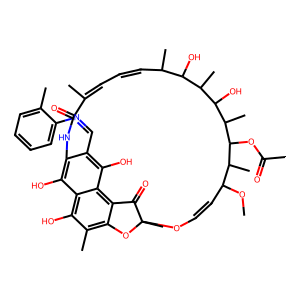
SMILES: COC1C=COC2(C)Oc3c(C)c(O)c4c(O)c(c(C=Nc5ccccc5C)c(O)c4c3C2=O)NC(=O)C(C)=CC=CC(C)C(O)C(C)C(O)C(C)C(OC(C)=O)C1C
Inhibits HIV replication: No